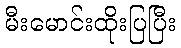
မီးမောင်းထိုးပြပြီး